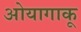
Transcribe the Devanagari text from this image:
ओयागाकू